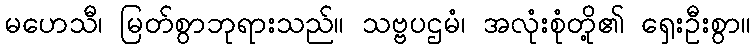
မဟေသီ၊ မြတ်စွာဘုရားသည်။ သဗ္ဗပဌမံ၊ အလုံးစုံတို့၏ ရှေးဦးစွာ။